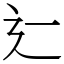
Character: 辷